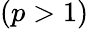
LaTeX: (p>1)